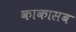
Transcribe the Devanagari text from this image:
काकासब